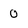
Character: 0